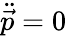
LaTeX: \ddot{\vec{p}}=0